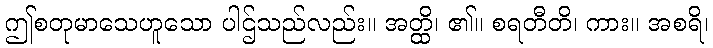
ဤစတုမာသေဟူသော ပါဌ်သည်လည်း။ အတ္ထိ၊ ၏။ စရတီတိ၊ ကား။ အစရိ၊